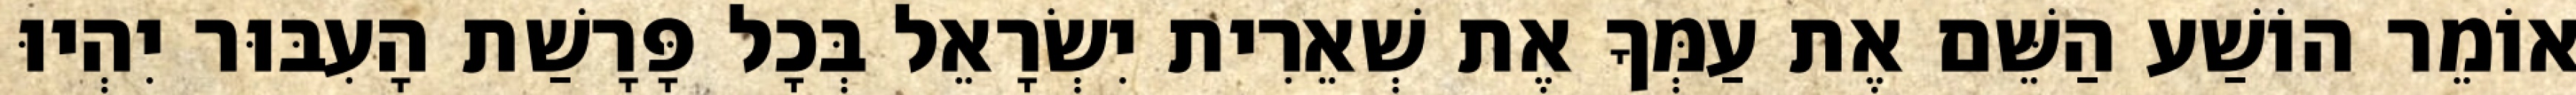
אוֹמֵר הוֹשַׁע הַשֵּׁם אֶת עַמְּךָ אֶת שְׁאֵרִית יִשְׂרָאֵל בְּכָל פָּרָשַׁת הָעִבּוּר יִהְיוּ